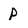
Character: p